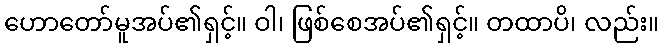
ဟောတော်မူအပ်၏ရှင့်။ ဝါ၊ ဖြစ်စေအပ်၏ရှင့်။ တထာပိ၊ လည်း။